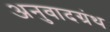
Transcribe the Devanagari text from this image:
अनुवादग्रंथ